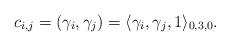
LaTeX: \begin{align*}c_{i,j}=(\gamma_i,\gamma_j)=\langle \gamma_i,\gamma_j,1\rangle_{0,3,0}.\end{align*}